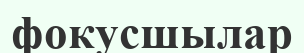
фокусшылар